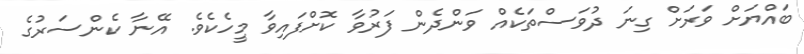
ބައްޔަށް ވަރަށް ގިނަ ދުވަސްތަކެއް ވަންދެން ފަރުވާ ކޮށްފައިވާ މީހެކެވެ. އޭނާ ކެންސަރުގެ